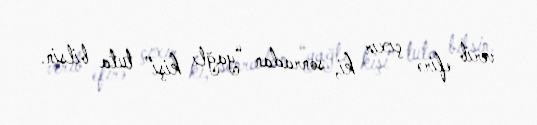
verib efirə çıxır ki, sonradan “yağlı kişi” tuta bilsin.